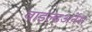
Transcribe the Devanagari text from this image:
वाइल्डअर्नेस